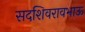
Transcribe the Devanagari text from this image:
सदशिवरावभाऊ